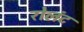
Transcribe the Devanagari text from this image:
रोलंट